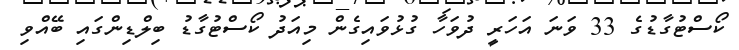
ކޯސްޓުގާޑުގެ 33 ވަނަ އަހަރީ ދުވަހާ ގުޅުވައިގެން މިއަދު ކޯސްޓުގާޑު ބިލްޑިންގައި ބޭއްވި